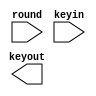
module KeyExpansion(
	input [3:0] round,
	input [31:0] keyin,
	output reg [31:0] keyout
);



endmodule